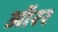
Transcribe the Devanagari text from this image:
ऑरर